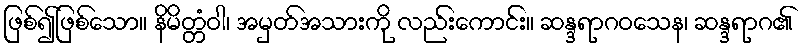
ဖြစ်၍ဖြစ်သော။ နိမိတ္တံဝါ၊ အမှတ်အသားကို လည်းကောင်း။ ဆန္ဒရာဂဝသေန၊ ဆန္ဒရာဂ၏